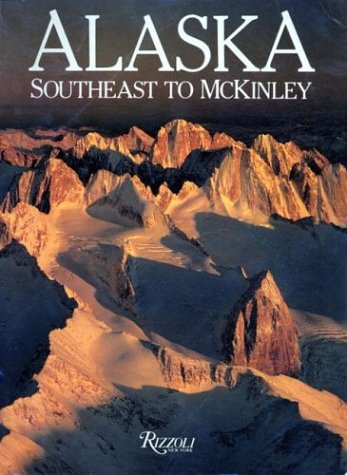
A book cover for Alaska: Southeast to McKinley; Andrew Jaffe; Travel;